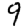
Digit: 9